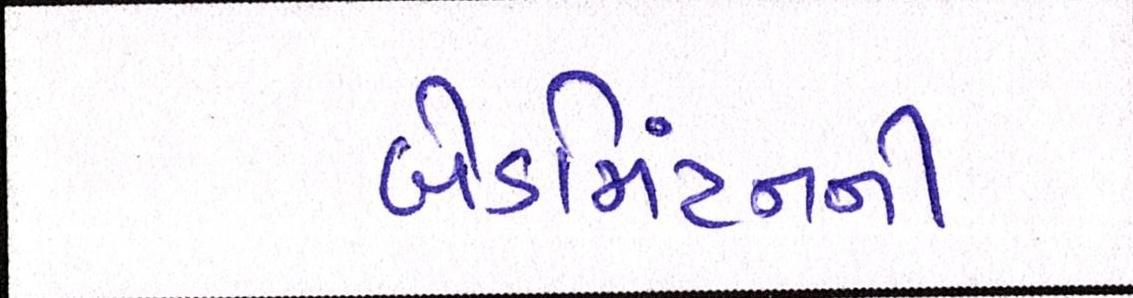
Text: બેડમિંટનની